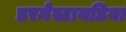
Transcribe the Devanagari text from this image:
डरमेस्टायडिया